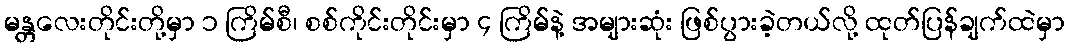
မန္တလေးတိုင်းတို့မှာ ၁ ကြိမ်စီ၊ စစ်ကိုင်းတိုင်းမှာ ၄ ကြိမ်နဲ့ အများဆုံး ဖြစ်ပွားခဲ့တယ်လို့ ထုတ်ပြန်ချက်ထဲမှာ